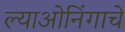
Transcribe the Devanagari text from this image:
ल्याओनिंगाचे